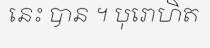
នេះ បាន ។ បុរោហិត